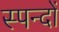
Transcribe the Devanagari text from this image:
स्पन्दों